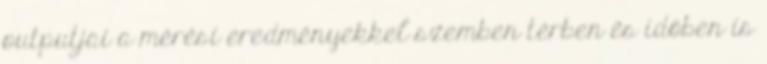
outputjai a mérési eredményekkel szemben térben és időben is